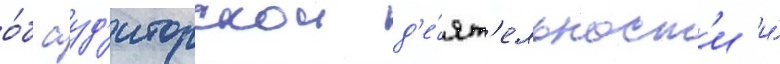
о́б ауд'иторскои д'е́ят'ельност'и и́